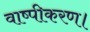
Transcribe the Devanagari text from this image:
वाष्पीकरण।